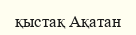
қыстақ Ақатан